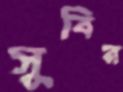
সুবির